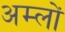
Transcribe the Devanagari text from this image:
अम्‍लों